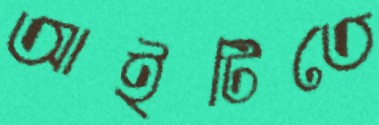
আইটিতে